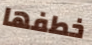
خطفها